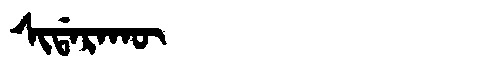
Manchu: ᠰᡳᡩᠠᡵᠠᡴᡡ
Romanization: SIDARAKŪ